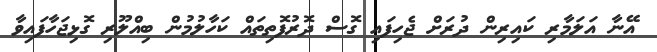
އޭނާ އަލަމާރި ކައިރިން ދުރަށް ޖެހިފައި ގޮސް ދޮރުފޮތިތައް ކަހާލުމުން ބިއްލޫރި ގޮޅިޖަހާފައިވާ